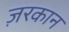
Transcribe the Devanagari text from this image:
ज़रकान